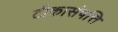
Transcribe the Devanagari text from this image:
टीकासंपत्ति